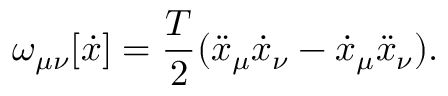
\omega _ { \mu \nu } [ \dot { x } ] = \frac { T } { 2 } ( \ddot { x } _ { \mu } \dot { x } _ { \nu } - \dot { x } _ { \mu } \ddot { x } _ { \nu } ) .